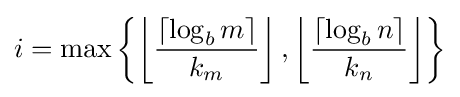
i=\max \left\{\left\lfloor {\frac {\left\lceil \log _{b}m\right\rceil }{k_{m}}}\right\rfloor ,\left\lfloor {\frac {\left\lceil \log _{b}n\right\rceil }{k_{n}}}\right\rfloor \right\}